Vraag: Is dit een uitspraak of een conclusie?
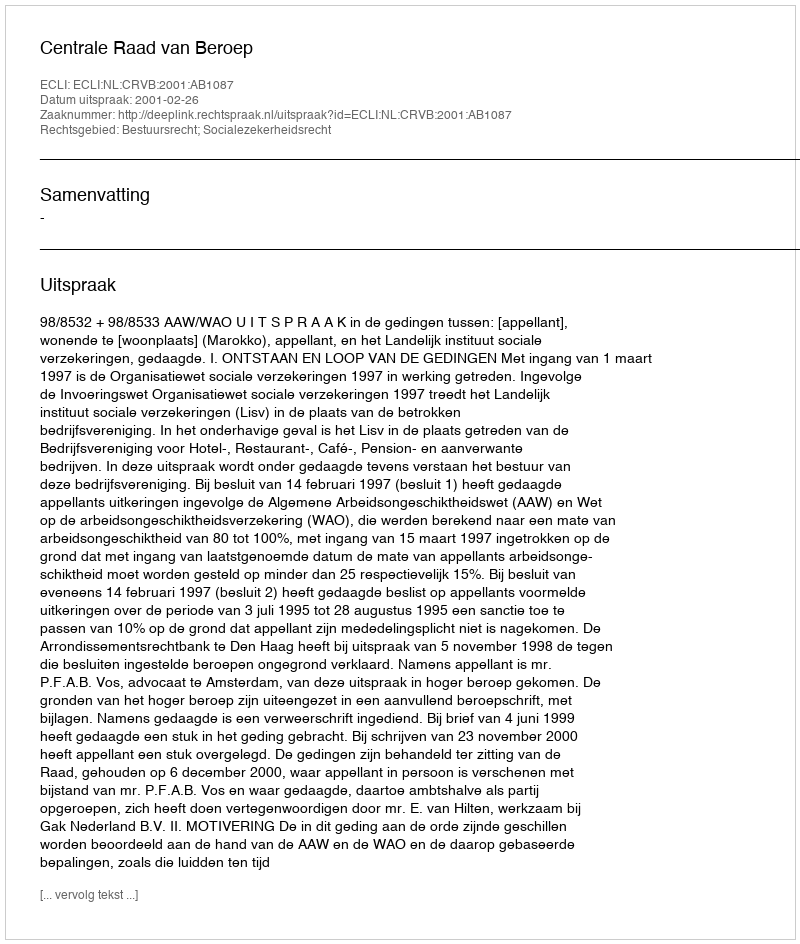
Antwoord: Uitspraak